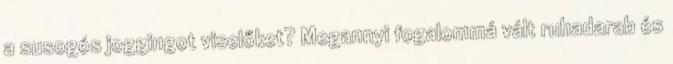
a susogós joggingot viselőket? Megannyi fogalommá vált ruhadarab és